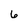
Character: 6